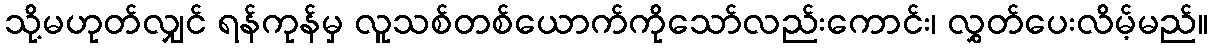
သို့မဟုတ်လျှင် ရန်ကုန်မှ လူသစ်တစ်ယောက်ကိုသော်လည်းကောင်း၊ လွှတ်ပေးလိမ့်မည်။